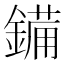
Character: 𮢫